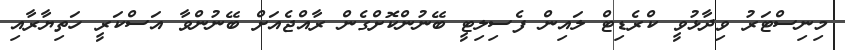
މިނިސްޓަރު ވިދާޅުވީ ކްރެޑިޓް ލައިން ފެސިލިޓީ ބޭނުންކޮށްގެން ރާއްޖެއަށް ބޭނުންވާ އަސްކަރީ ހަތިޔާރާއި